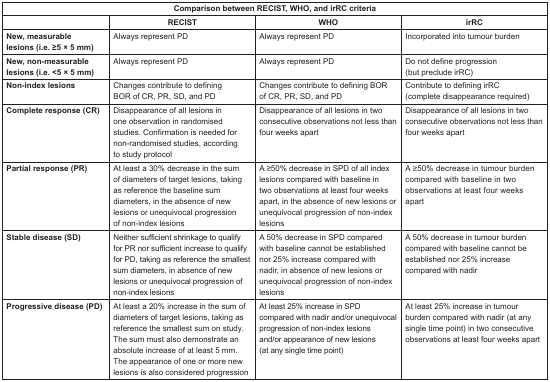
| <COLSPAN=4> Comparison between RECIST, WHO, and irRC criteria |
 |  | RECIST | WHO | irRC |
 | --- | --- | --- | --- |
 | New, measurable lesions (i.e. ≥5 × 5 mm) | Always represent PD | Always represent PD | Incorporated into tumour burden |
 | New, non-measurable lesions (i.e. <5 × 5 mm) | Always represent PD | Always represent PD | Do not define progression (but preclude irRC) |
 | Non-index lesions | Changes contribute to defining BOR of CR, PR, SD, and PD | Changes contribute to defining BOR of CR, PR, SD, and PD | Contribute to defining irRC (complete disappearance required) |
 | Complete response (CR) | Disappearance of all lesions in one observation in randomised studies. Confirmation is needed for non-randomised studies, according to study protocol | Disappearance of all lesions in two consecutive observations not less than four weeks apart | Disappearance of all lesions in two consecutive observations not less than four weeks apart |
 | Partial response (PR) | At least a 30% decrease in the sum of diameters of target lesions, taking as reference the baseline sum diameters, in the absence of new lesions or unequivocal progression of non-index lesions | A ≥50% decrease in SPD of all index lesions compared with baseline in two observations at least four weeks apart, in the absence of new lesions or unequivocal progression of non-index lesions | A ≥50% decrease in tumour burden compared with baseline in two observations at least four weeks apart |
 | Stable disease (SD) | Neither sufficient shrinkage to qualify for PR nor sufficient increase to qualify for PD, taking as reference the smallest sum diameters, in absence of new lesions or unequivocal progression of non-index lesions | A 50% decrease in SPD compared with baseline cannot be established nor 25% increase compared with nadir, in absence of new lesions or unequivocal progression of non-index lesions | A 50% decrease in tumour burden compared with baseline cannot be established nor 25% increase compared with nadir |
 | Progressive disease (PD) | At least a 20% increase in the sum of diameters of target lesions, taking as reference the smallest sum on study. The sum must also demonstrate an absolute increase of at least 5 mm. The appearance of one or more new lesions is also considered progression | At least 25% increase in SPD compared with nadir and/or unequivocal progression of non-index lesions and/or appearance of new lesions (at any single time point) | At least 25% increase in tumour burden compared with nadir (at any single time point) in two consecutive observations at least four weeks apart |